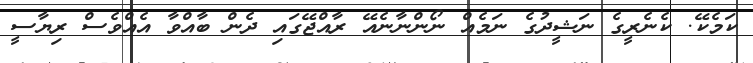
ކަމެކޭ. ކެނެރީގެ ނަޝީދުގެ ނަމެއް ނޯންނާނެއޭ ރާއްޖޭގައި ދެން ބާއްވާ އެެއްވެސް ރިޔާސީ